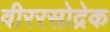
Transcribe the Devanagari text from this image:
वीररसोद्रेक